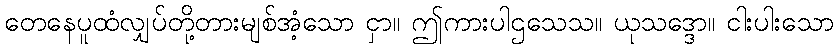
တေနေပူထံလျှပ်တို့တားမျစ်အံ့သော ငှာ။ ဤကားပါဌသေသ။ ယုသဒ္ဒော။ ငါးပါးသော